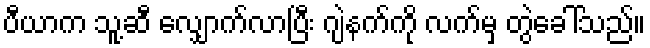
ပီယာက သူ့ဆီ လျှောက်လာပြီး ဂျဲနက်ကို လက်မှ တွဲခေါ်သည်။